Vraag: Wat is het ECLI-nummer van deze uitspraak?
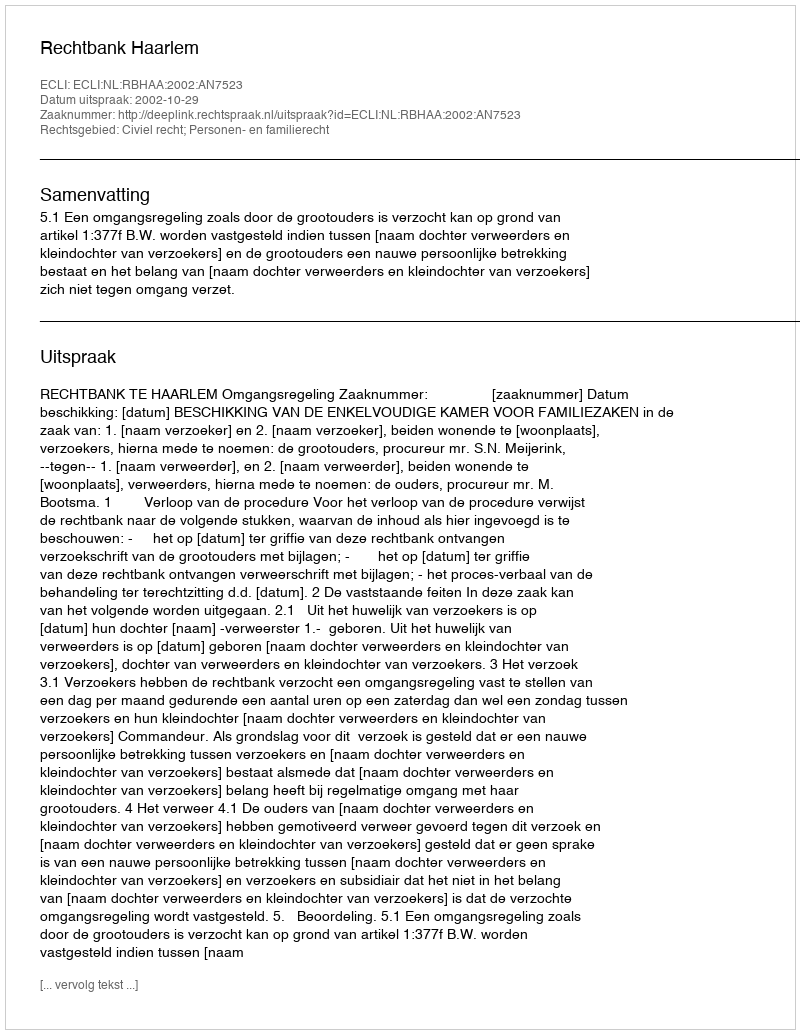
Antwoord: ECLI:NL:RBHAA:2002:AN7523